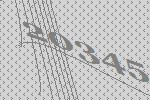
20345